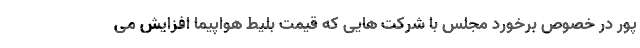
پور در خصوص برخورد مجلس با شرکت هایی که قیمت بلیط هواپیما افزایش می